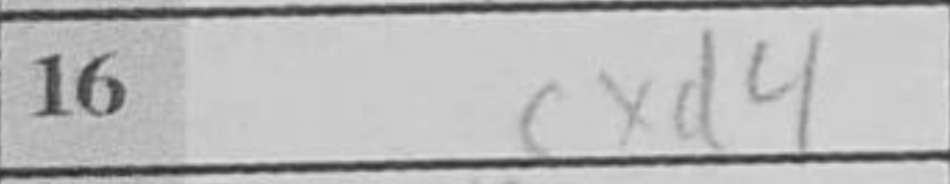
Transcription: cxd4